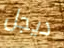
ديجل